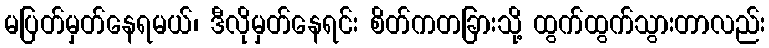
မပြတ်မှတ်နေရမယ်၊ ဒီလိုမှတ်နေရင်း စိတ်ကတခြားသို့ ထွက်ထွက်သွားတာလည်း